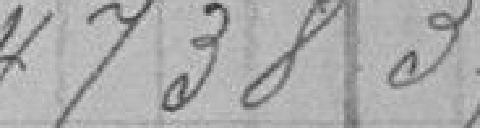
4 738,37